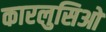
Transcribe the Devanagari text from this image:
कारलुसिओ